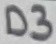
Text: D3